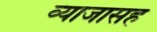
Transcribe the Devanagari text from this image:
व्याजासह